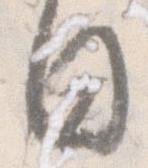
日